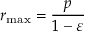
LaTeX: r _ { \operatorname* { m a x } } = { \frac { p } { 1 - \varepsilon } }